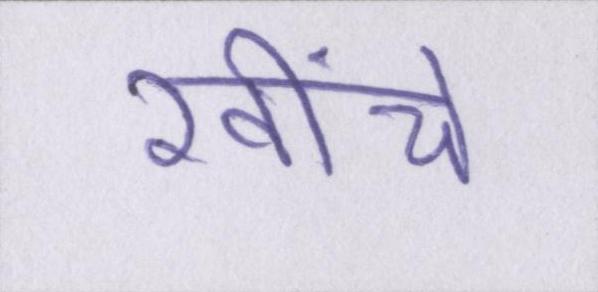
खींचे